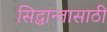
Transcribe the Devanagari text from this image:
सिद्धान्तासाठी